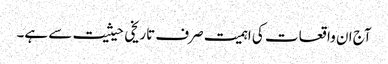
آج ان واقعات کی اہمیت صرف تاریخی حیثیت سے ہے۔